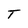
Character: T